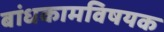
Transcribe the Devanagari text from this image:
बांधकामविषयक